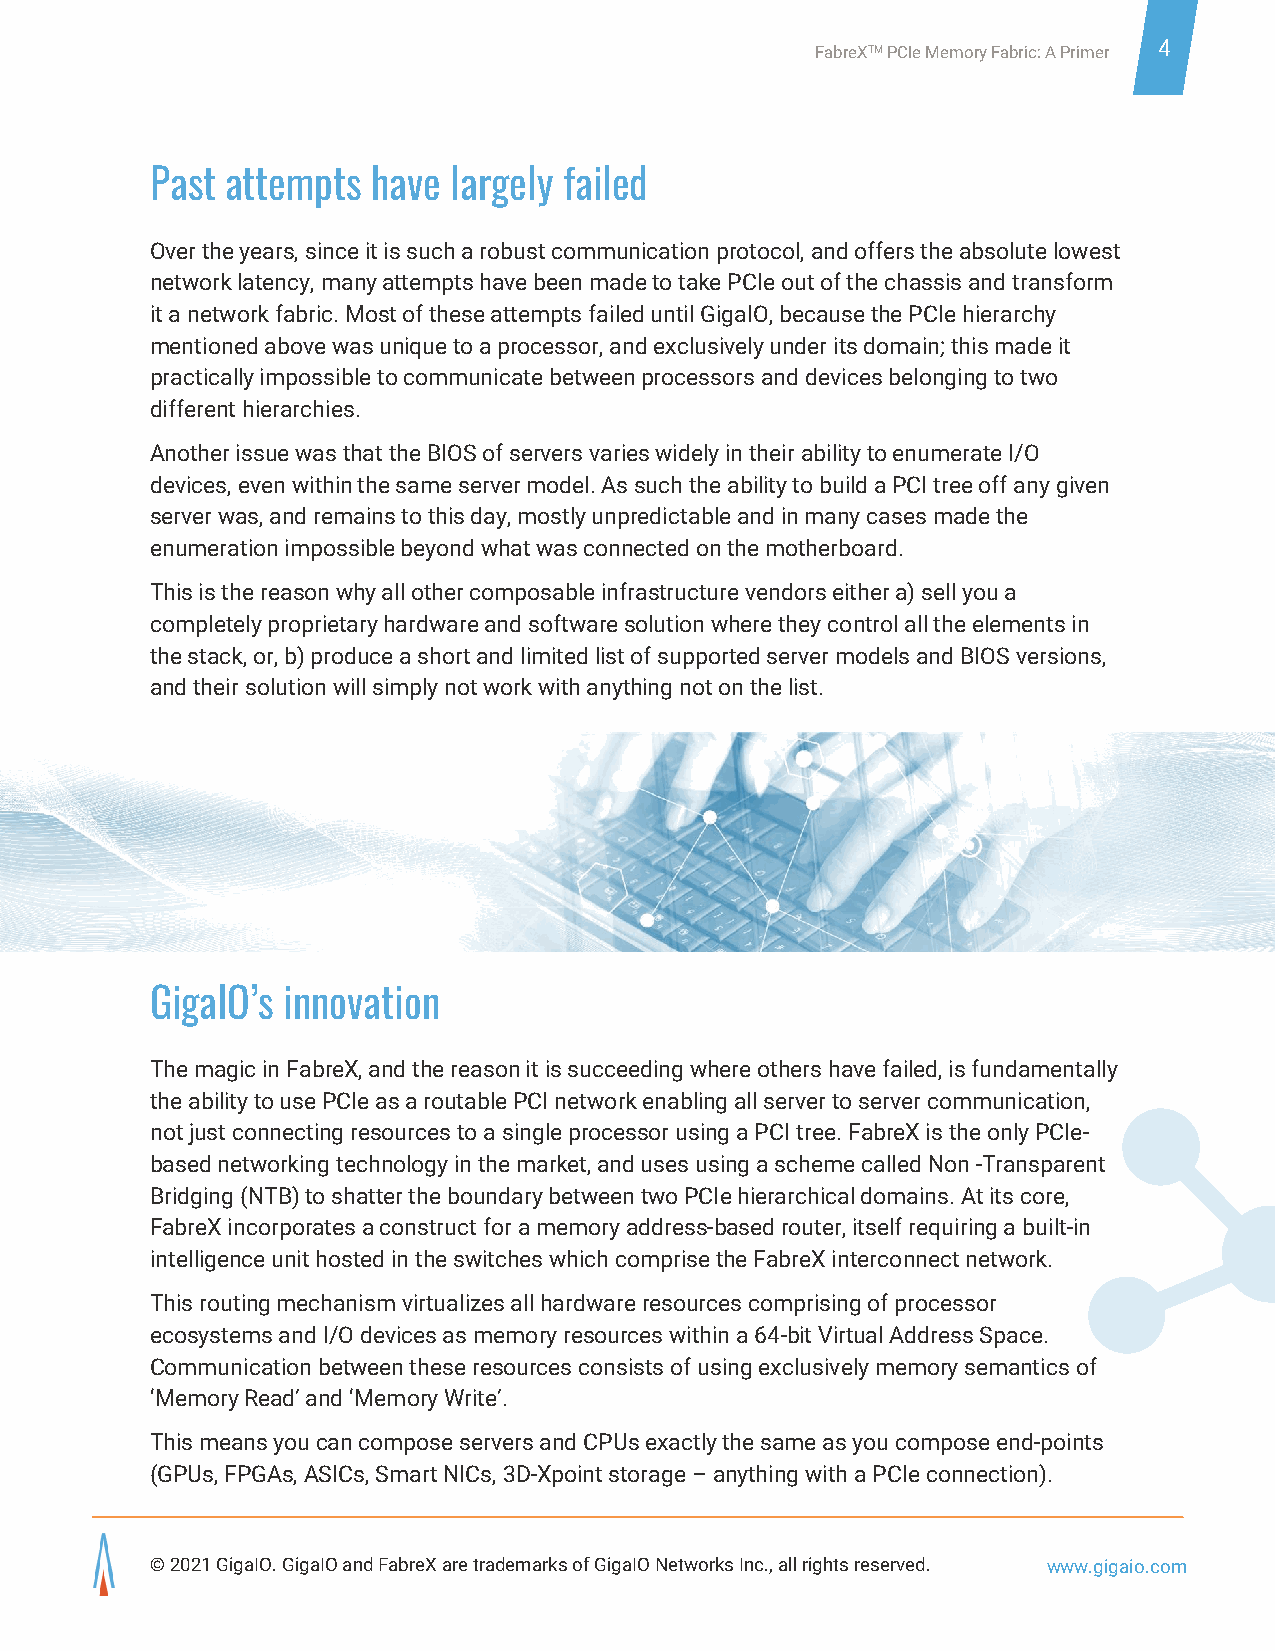
FabreXTM PCIe Memory Fabric: A Primer 4
 Past attempts  have largely failed
 Over the years, since it is such a robust communication protocol, and offers the absolute lowest
 network latency, many attempts have been made to take PCIe out of the chassis and transform
 it a network fabric. Most of these attempts failed until GigaIO, because the PCIe hierarchy
 mentioned above was unique to a processor, and exclusively under its domain; this made it
 practically impossible to communicate between processors and devices belonging to two
 different hierarchies.
 Another issue was that the BIOS of servers varies widely in their ability to enumerate I/O
 devices, even within the same server model. As such the ability to build a PCI tree off any given
 server was, and remains to this day, mostly unpredictable and in many cases made the
 enumeration impossible beyond what was connected on the motherboard.
 This is the reason why all other composable infrastructure vendors either a) sell you a
 completely proprietary hardware and software solution where they control all the elements in
 the stack, or, b) produce a short and limited list of supported server models and BIOS versions,
 and their solution will simply not work with anything not on the list.
 GigaIO’s innovation
 The magic in FabreX, and the reason it is succeeding where others have failed, is fundamentally
 the ability to use PCIe as a routable PCI network enabling all server to server communication,
 not just connecting resources to a single processor using a PCI tree. FabreX is the only PCIe-
 based networking technology in the market, and uses using a scheme called Non -Transparent
 Bridging (NTB) to shatter the boundary between two PCIe hierarchical domains. At its core,
 FabreX incorporates a construct for a memory address-based router, itself requiring a built-in
 intelligence unit hosted in the switches which comprise the FabreX interconnect network.
 This routing mechanism virtualizes all hardware resources comprising of processor
 ecosystems and I/O devices as memory resources within a 64-bit Virtual Address Space.
 Communication between these resources consists of using exclusively memory semantics of
 ‘Memory Read’ and ‘Memory Write’.
 This means you can compose servers and CPUs exactly the same as you compose end-points
 (GPUs, FPGAs, ASICs, Smart NICs, 3D-Xpoint storage – anything with a PCIe connection).
 © 2021 GigaIO. GigaIO and FabreX are trademarks of GigaIO Networks Inc., all rights reserved. www.giga io.com